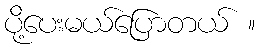
ပို့ပေးမယ်ပြောတယ် ။